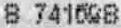
8 741698